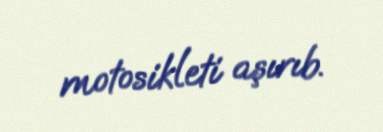
motosikleti aşırıb.